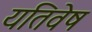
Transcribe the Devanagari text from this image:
यतिवेष